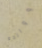
ووالده